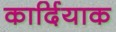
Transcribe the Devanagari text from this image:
कार्दियाक